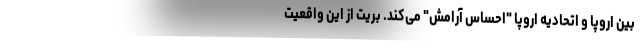
بین اروپا و اتحادیه اروپا "احساس آرامش" می‌کند. بریت از این واقعیت